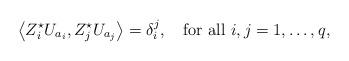
LaTeX: \begin{align*}\left<Z^{\star}_{i}U_{a_{i}},Z^{\star}_{j}U_{a_{j}}\right>=\delta_{i}^{j},\quad\mbox{for all $i,j=1,\dots,q$,} \end{align*}